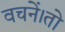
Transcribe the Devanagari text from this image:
वचनें।तो